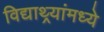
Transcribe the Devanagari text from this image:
विद्याथ्र्यांमध्ये